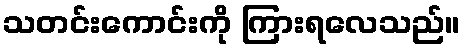
သတင်းကောင်းကို ကြားရလေသည်။